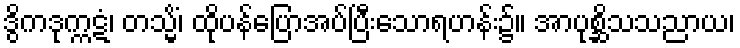
ဒွိကဒုက္ကဋံ၊ တသ္မိံ၊ ထိုပန်ပြောအပ်ပြီးသောရဟန်း၌။ အာပုစ္ဆိသသညာယ၊